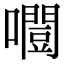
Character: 𡂛